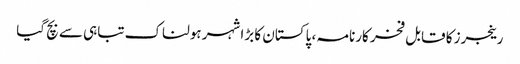
رینجرز کا قابل فخر کارنامہ ، پاکستان کا بڑا شہر ہولناک تباہی سے بچ گیا